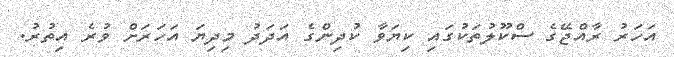
އަހަރު ރާއްޖޭގެ ސްކޫލުތަކުގައި ކިޔަވާ ކުދިންގެ އަދަދު މިދިޔަ އަހަރަށް ވުރެ އިތުރު.